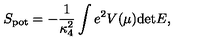
S _ { \mathrm { p o t } } = - { \frac { 1 } { \kappa _ { 4 } ^ { 2 } } } \int e ^ { 2 } V ( \mu ) \mathrm { d e t } E ,